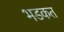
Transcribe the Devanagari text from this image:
भडकत